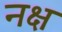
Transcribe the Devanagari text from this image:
नक्ष